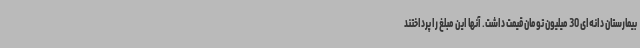
بیمارستان دانه‌ای 30 میلیون تومان قیمت داشت. آنها این مبلغ را پرداختند